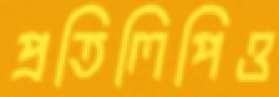
প্রতিলিপিও